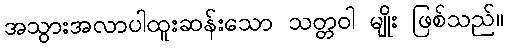
အသွားအလာပါထူးဆန်းသော သတ္တဝါ မျိုး ဖြစ်သည်။